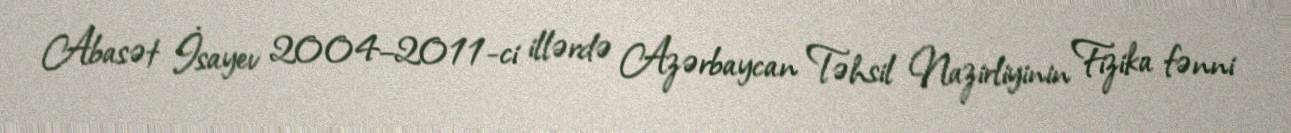
Abasət İsayev 2004–2011-ci illərdə Azərbaycan Təhsil Nazirliyinin Fizika fənni